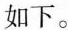
如下。